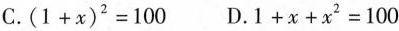
C.$$( 1 + x ) ^ { 2 } = 1 0 0$$ D.$$1 + x + x ^ { 2 } = 1 0 0$$